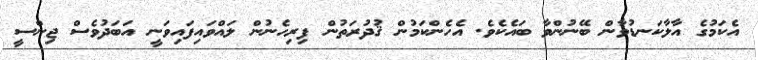
އެކަމުގެ އާލާކަނޑުވާން ބޭނުންވާ ބައެކެވެ. އެހެންކަމުން ޤުދުރަތުން ފިރިހެނުން ލައްވައިފައިވަނީ އަބަދުވެސް ޖިންސީ